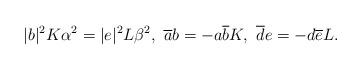
LaTeX: \begin{align*}|b|^{2}K\alpha^{2}=|e|^{2}L\beta^{2},\ \overline{a}b=-a\overline{b}K,\ \overline{d}e=-d\overline{e}L.\end{align*}